Scottish Leaving Certificate Examination, 1961
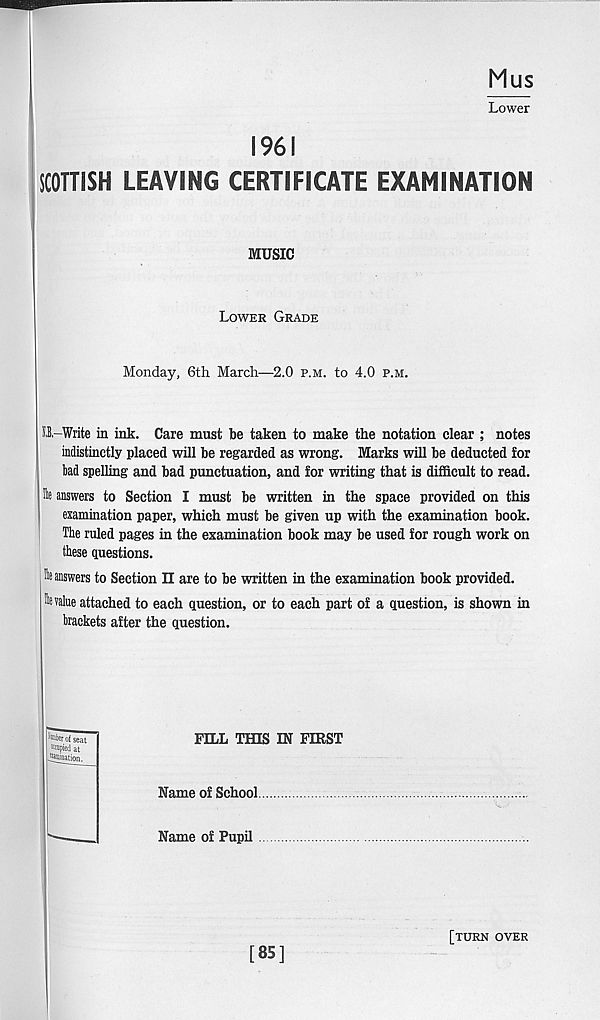
Mus
Lower
1961
SCOTTISH LEAVING CERTIFICATE EXAMINATION
MUSIC
Lower Grade
Monday, 6th March—2.0 p.m. to 4.0 p.m.
O-Write in ink. Care must be taken to make the notation clear ; notes
indistinctly placed will be regarded as wrong. Marks will be deducted for
bad spelling and bad punctuation, and for writing that is difficult to read.
h answers to Section I must be written in the space provided on this
examination paper, which must be given up with the examination book.
The ruled pages in the examination book may be used for rough work on
these questions.
h answers to Section II are to be written in the examination book provided.
devalue attached to each question, or to each part of a question, is shown in
brackets after the question.
^ber of seat
Kcupied at
^nation.
FILL TfflS IN FIRST
Name of School
Name of Pupil
[85]
[turn over